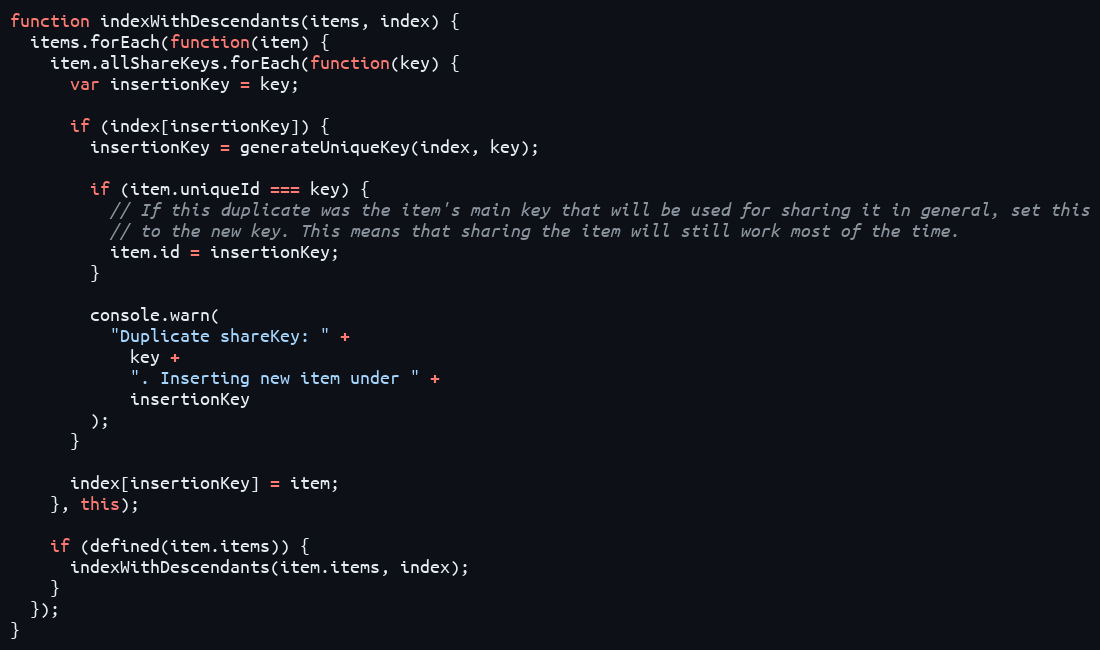
Language: JavaScript
function indexWithDescendants(items, index) {
  items.forEach(function(item) {
    item.allShareKeys.forEach(function(key) {
      var insertionKey = key;

      if (index[insertionKey]) {
        insertionKey = generateUniqueKey(index, key);

        if (item.uniqueId === key) {
          // If this duplicate was the item's main key that will be used for sharing it in general, set this
          // to the new key. This means that sharing the item will still work most of the time.
          item.id = insertionKey;
        }

        console.warn(
          "Duplicate shareKey: " +
            key +
            ". Inserting new item under " +
            insertionKey
        );
      }

      index[insertionKey] = item;
    }, this);

    if (defined(item.items)) {
      indexWithDescendants(item.items, index);
    }
  });
}